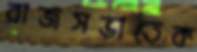
রাজসভাতেক